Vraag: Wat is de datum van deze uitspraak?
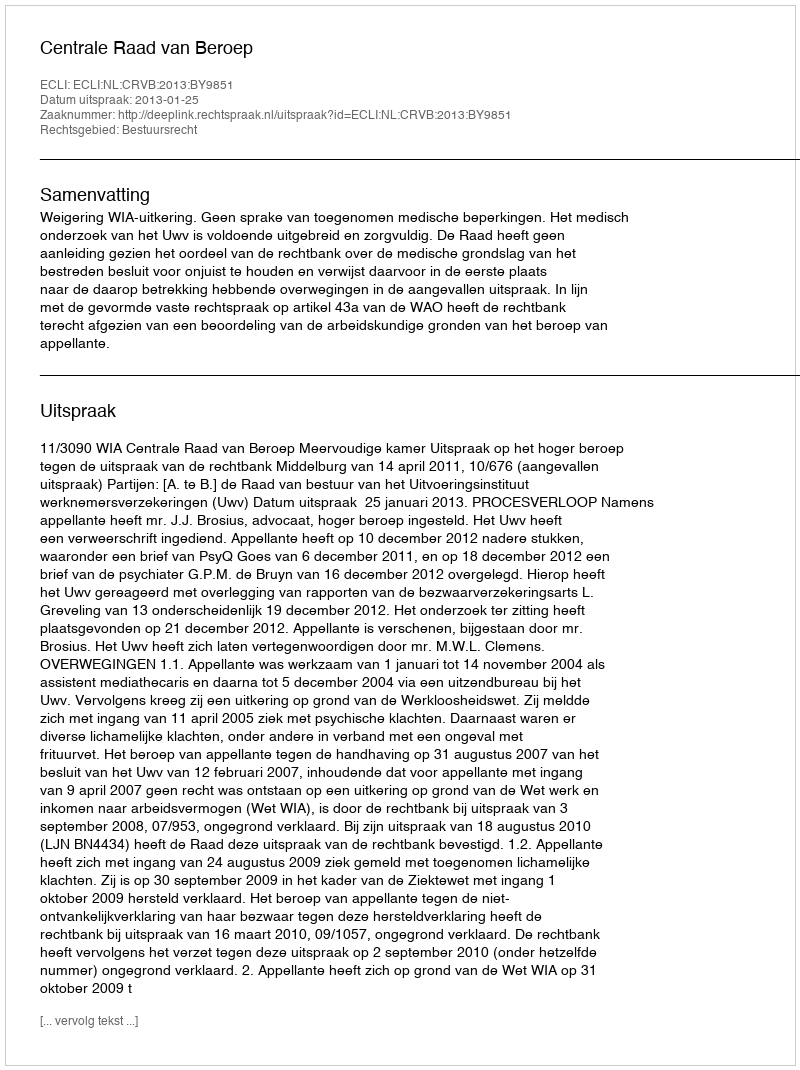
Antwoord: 2013-01-25